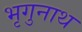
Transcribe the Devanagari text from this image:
भृगुनाथ